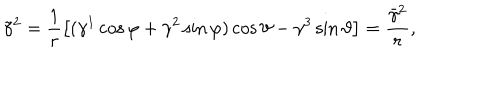
LaTeX: \tilde { \gamma } ^ { 2 } = \frac 1 r \left[ ( \gamma ^ { 1 } \cos \varphi + \gamma ^ { 2 } \sin \varphi ) \cos \vartheta - \gamma ^ { 3 } \sin \vartheta \right] = \frac { \bar { \gamma } ^ { 2 } } r , \quad